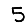
Digit: 5